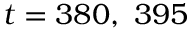
t = 3 8 0 , \ 3 9 5